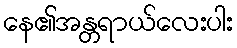
နေ၏အန္တရာယ်လေးပါး